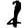
Digit: 1